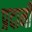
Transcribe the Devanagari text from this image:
प्रदानी